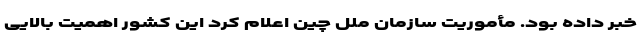
خبر داده بود. مأموریت سازمان ملل چین اعلام کرد این کشور اهمیت بالایی